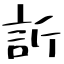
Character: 訴